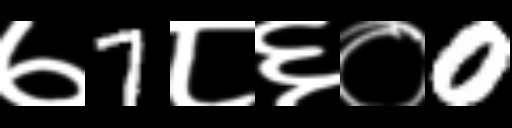
Text: ७7८६०0